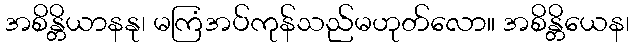
အစိန္တိယာနနု၊ မကြံအပ်ကုန်သည်မဟုတ်လော။ အစိန္တိယေန၊